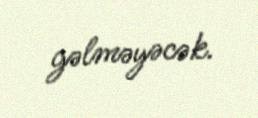
gəlməyəcək.